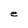
Character: e